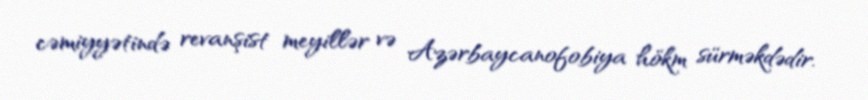
cəmiyyətində revanşist meyillər və Azərbaycanofobiya hökm sürməkdədir.